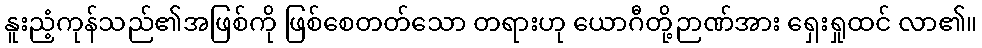
နူးညံ့ကုန်သည်၏အဖြစ်ကို ဖြစ်စေတတ်သော တရားဟု ယောဂီတို့ဉာဏ်အား ရှေးရှုထင် လာ၏။